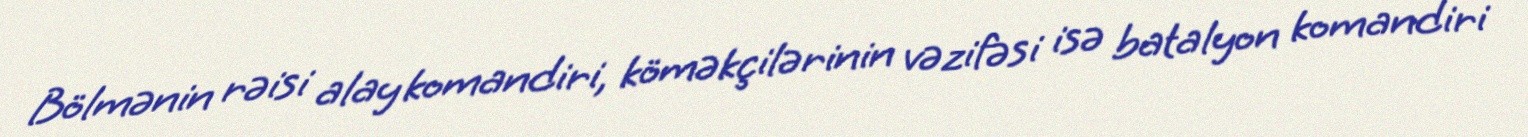
Bölmənin rəisi alay komandiri, köməkçilərinin vəzifəsi isə batalyon komandiri